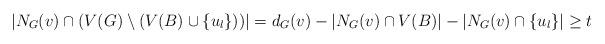
LaTeX: \begin{align*}\begin{aligned}|N_{G}(v)\cap(V(G)\setminus (V(B)\cup\{u_{l}\}))|= d_{G}(v)-|N_{G}(v)\cap V(B)|-|N_{G}(v)\cap \{u_{l}\}|\geq t\\\end{aligned}\end{align*}